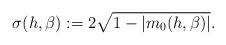
LaTeX: \begin{align*} \sigma(h,\beta) := 2 \sqrt{1 - |m_0(h,\beta)|}.\end{align*}